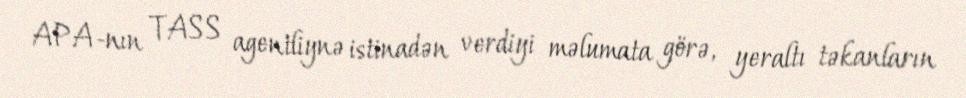
APA-nın TASS agentliynə istinadən verdiyi məlumata görə, yeraltı təkanların